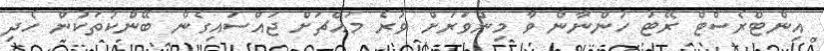
އިންޓްރެސްޓް ރޭޓު ހުންނާން ވާ މިންވަރަށް ވުރެ މައްޗަށް ޖައްސައިގެން ބޭންކުތަކުން ހެދި